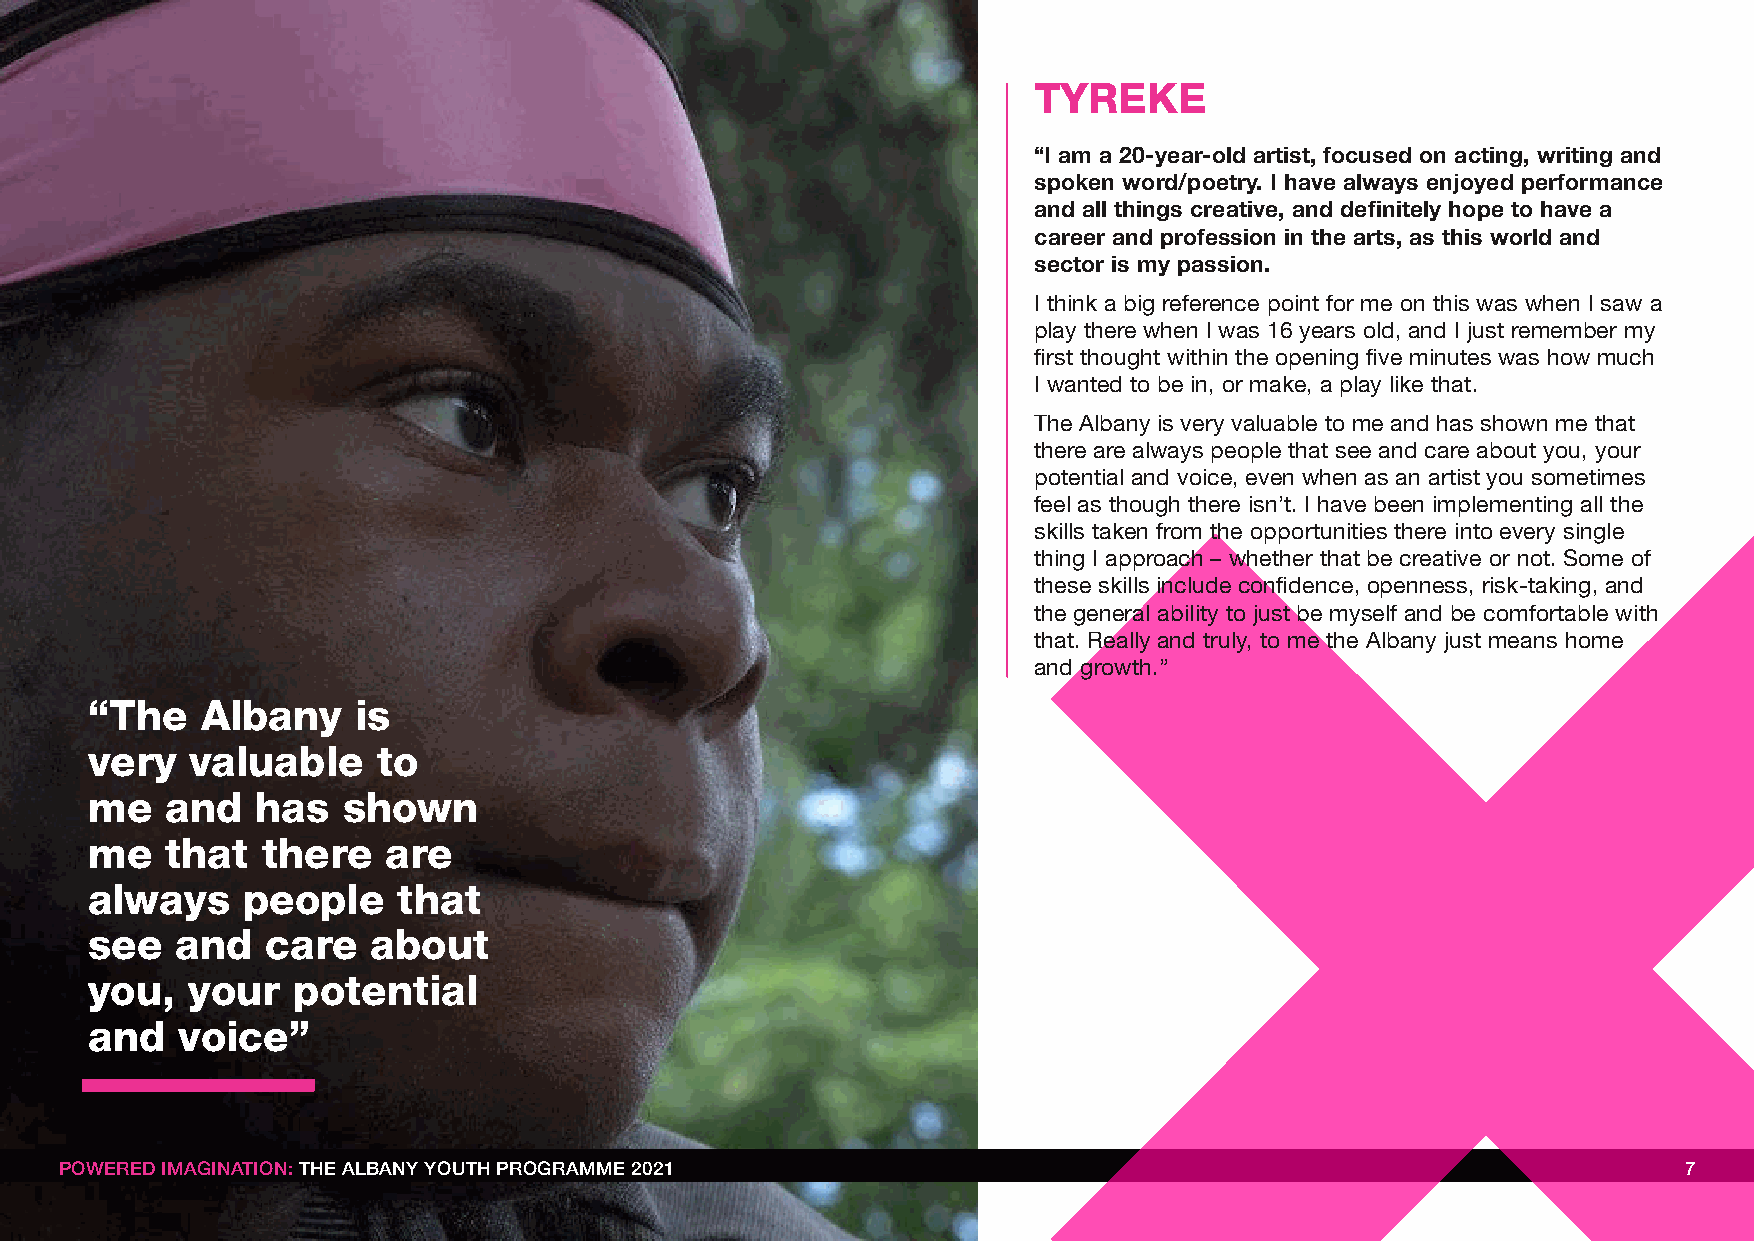
TYREKE
 “I am a 20-year-old artist, focused on acting, writing and
 spoken word/poetry. I have always enjoyed performance
 and all things creative, and definitely hope to have a
 career and profession in the arts, as this world and
 sector is my passion.
 I think a big reference point for me on this was when I saw a
 play there when I was 16 years old, and I just remember my
 first thought within the opening five minutes was how much
 I wanted to be in, or make, a play like that.
 The Albany is very valuable to me and has shown me that
 there are always people that see and care about you, your
 potential and voice, even when as an artist you sometimes
 feel as though there isn’t. I have been implementing all the
 skills taken from the opportunities there into every single
 thing I approach – whether that be creative or not. Some of
 these skills include confidence, openness, risk-taking, and
 the general ability to just be myself and be comfortable with
 that. Really and truly, to me the Albany just means home
 and growth.”
 “The   Albany     is
 very   valuable    to
 me   and   has   shown
 me   that  there   are
 always    people    that
 see   and   care   about
 you,  your   potential
 and   voice”
 PPOOWWEERREEDD IIMMAAGGIINNAATTIIOONN:: TTHHEE AALLBBAANNYY YYOOUUTTHH PPRROOGGRRAAMMMMEE 22002211          7